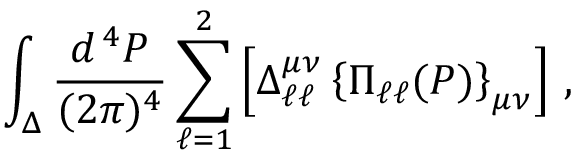
\int _ { \Delta } \frac { d ^ { \, 4 } P } { ( 2 \pi ) ^ { 4 } } \sum _ { \ell = 1 } ^ { 2 } \left[ \Delta _ { \ell \ell } ^ { \mu \nu } \left\{ \Pi _ { \ell \ell } ( P ) \right\} _ { \mu \nu } \right] \, ,